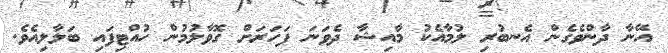
އޭނާ ދާންވެގެން އެނބުރި ލުމާއެކު މާއިޝާ ދެވަނަ ފަހަރަށް ގޮވާލުމުން ހުއްޓިފައި ބަލާލިއެވެ.